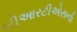
બીઆરટીએસની